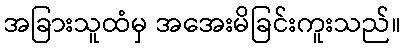
အခြားသူထံမှ အအေးမိခြင်းကူးသည်။